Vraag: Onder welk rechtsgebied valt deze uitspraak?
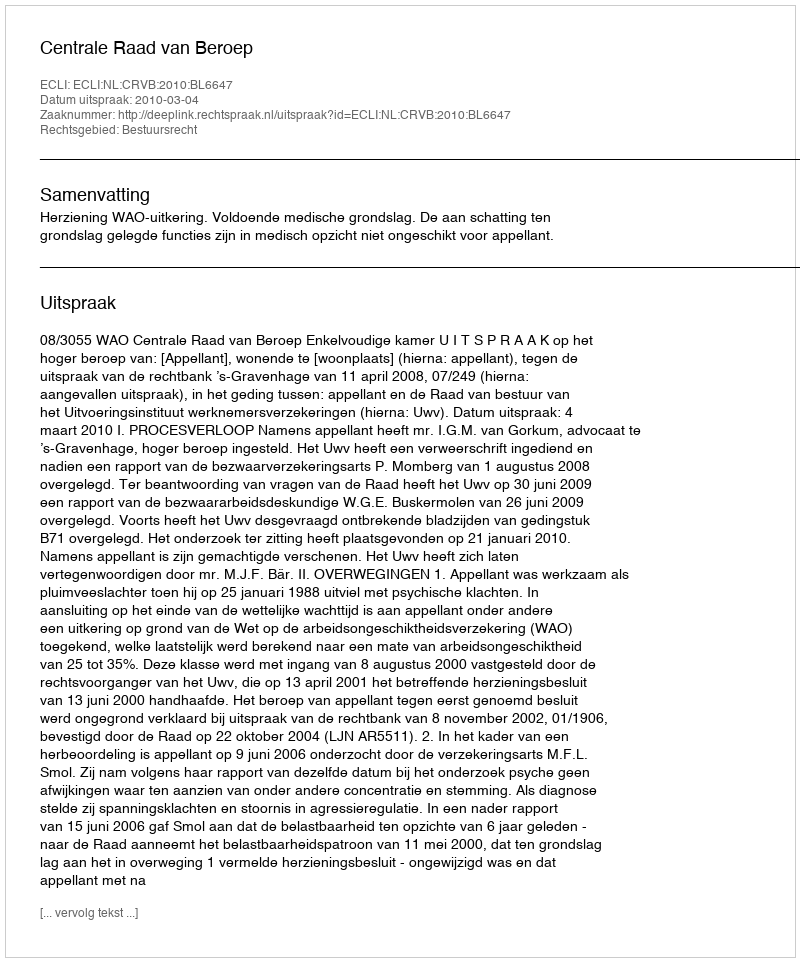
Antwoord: Bestuursrecht